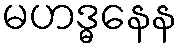
မဟဒ္ဓနေန